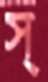
স্